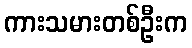
ကားသမားတစ်ဦးက